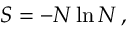
S = - { \cal N } \ln { \cal N } \, ,